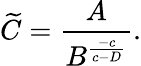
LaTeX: \widetilde C=\frac{A}{B^{\frac{-c}{c-D}}}.